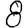
Digit: 8